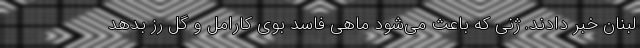
لبنان خبر دادند. ژنی که باعث می‌شود ماهی فاسد بوی کارامل و گل رز بدهد